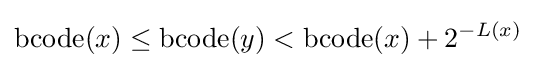
\operatorname {bcode} (x)\leq \operatorname {bcode} (y)<\operatorname {bcode} (x)+2^{-L(x)}